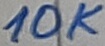
Text: 10K